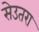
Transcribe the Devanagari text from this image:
सेउतरा